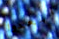
ابعدوا